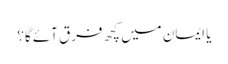
یا ایمان میں کچھ فرق آئے گا؟